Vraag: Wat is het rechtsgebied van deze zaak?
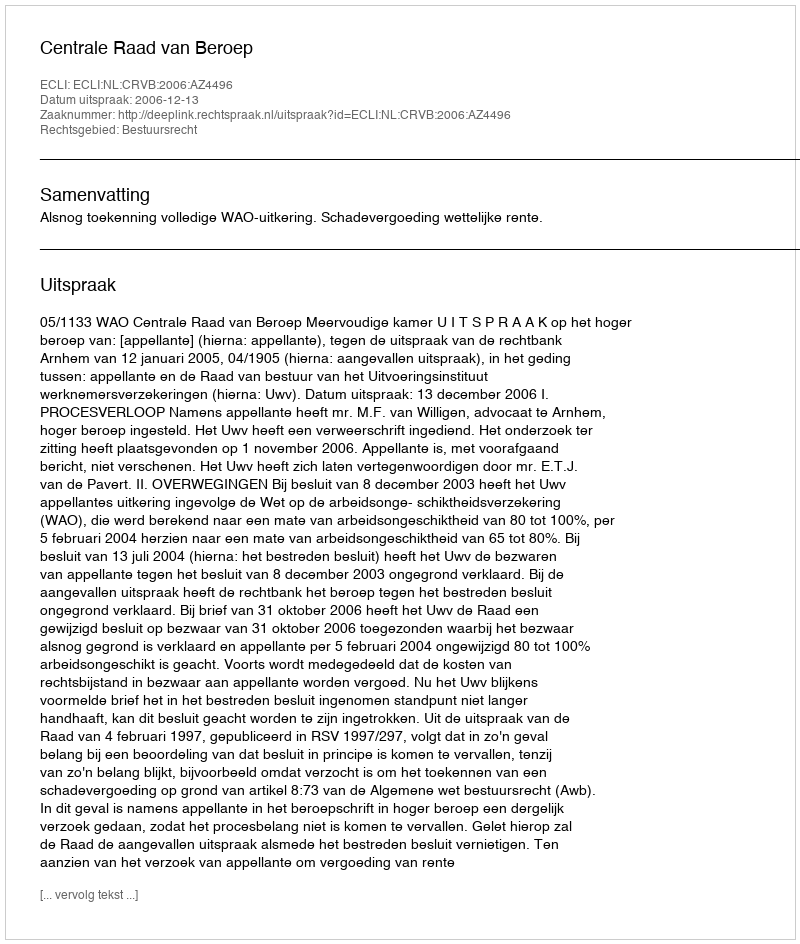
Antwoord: Bestuursrecht